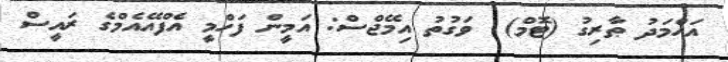
އަހްމަދު ޠާރިގު (ޓޮމް)  ވަގުތު އިމޭޖްސް: އަމީން ފަހްމީ އެފްއޭއެމްގެ ރައީސް